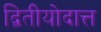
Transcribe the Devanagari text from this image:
द्वितीयोदात्त